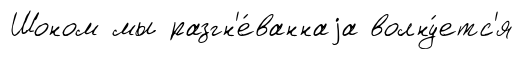
Шоном мы разгн'е́ваннаjа волну́етс'я